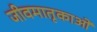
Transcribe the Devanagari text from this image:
जीवमातृकाओं